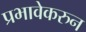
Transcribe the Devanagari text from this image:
प्रभावेकरुन